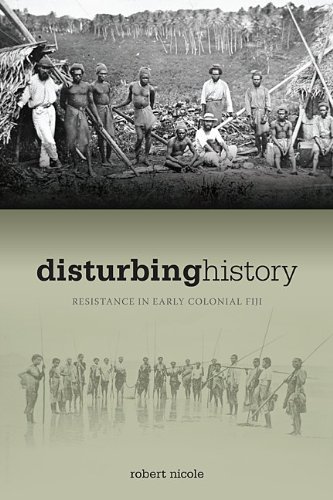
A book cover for Disturbing History: Resistance in Early Colonial Fiji; Robert Nicole; History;